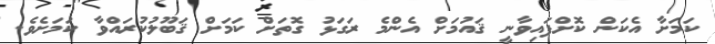
ކަމަށާ އެކަން ކޮށްފައިވާނީ ޤައުމަށް އެންމެ ރަގަޅު ގޮތަށް ކަމަށް ޤަބޫލުކުރައްވާ ކަމަށެވެ.